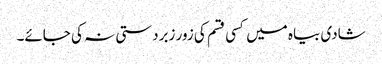
شادی بیاہ میں کسی قسم کی زور زبردستی نہ کی جائے۔